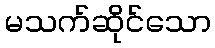
မသက်ဆိုင်သော